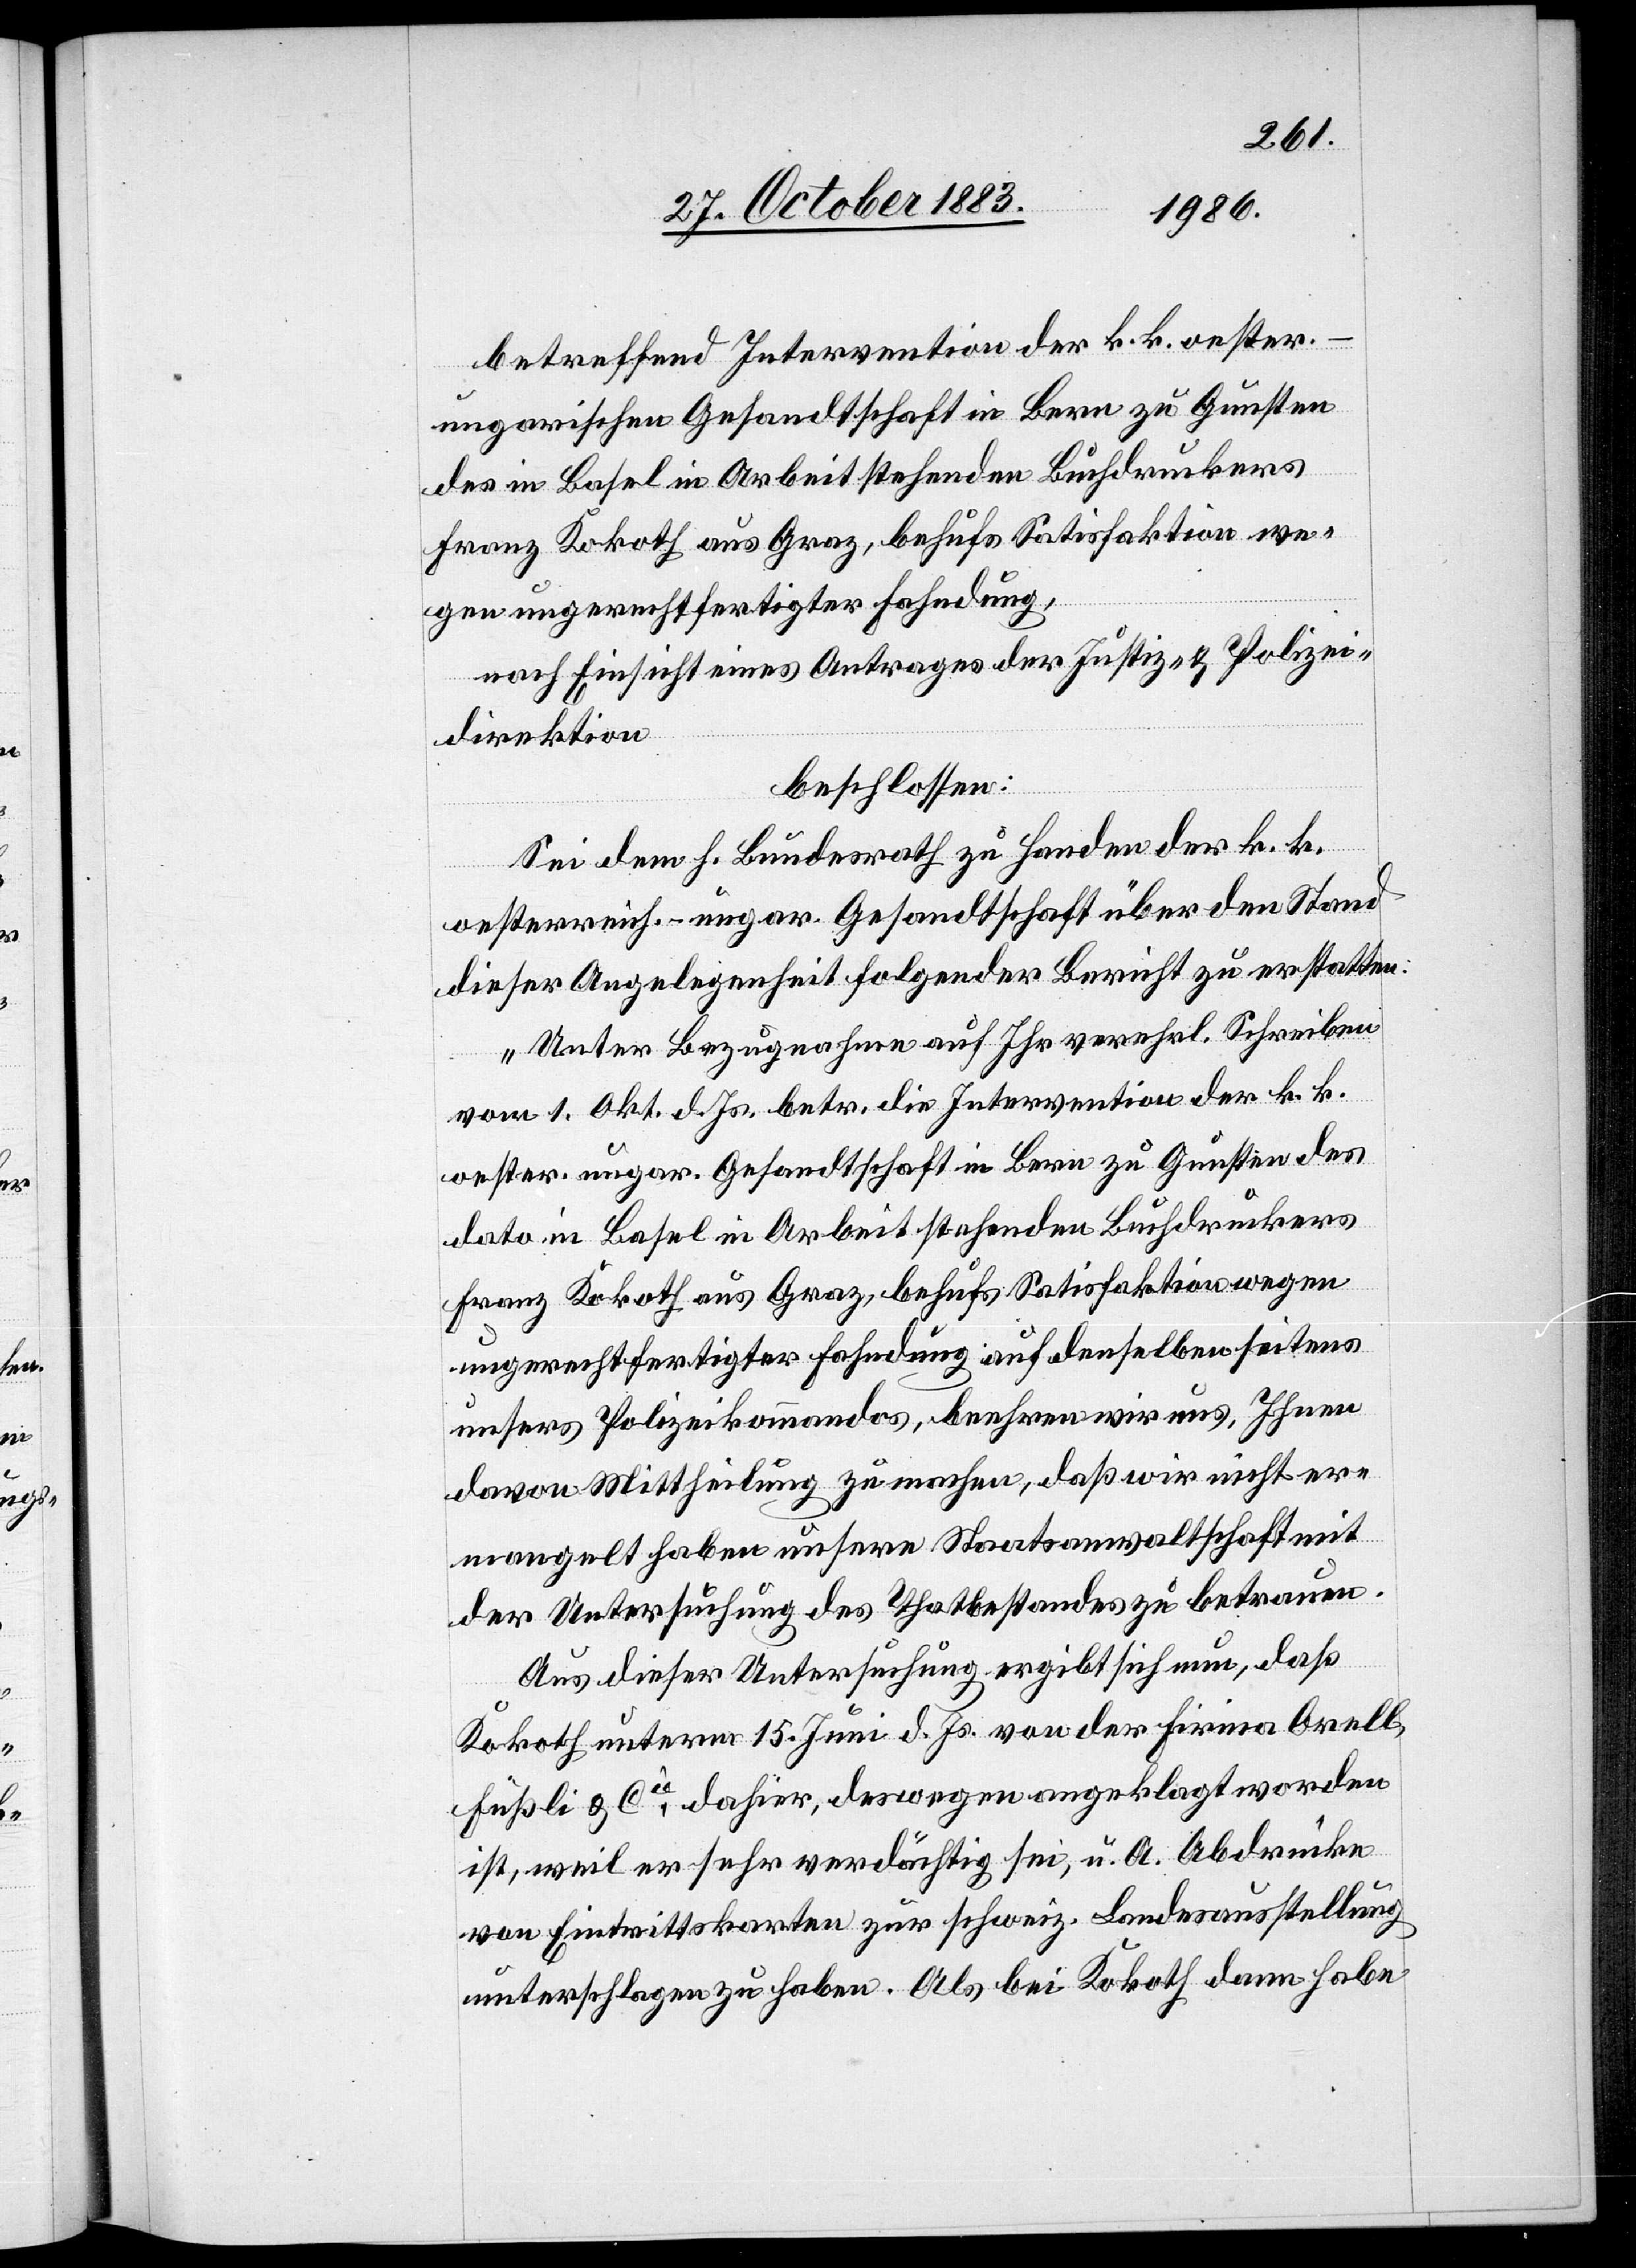
betreffend Intervention der k. k. oester.-u¬
ngarischen Gesandtschaft in Bern zu Gunsten
des in Basel in Arbeit stehenden Buchdruckers
Franz Kokoth aus Graz, behufs Satisfaktion we¬
gen ungerechtfertigter Fahndung,
nach Einsicht eines Antrages der Justiz- & Polizei¬
direktion
beschlossen:
Sei dem h. Bundesrath zu Handen der k. k.
oesterreich.-ungar. Gesandtschaft über den Stand
dieser Angelegenheit folgender Bericht zu erstatten:
„Unter Bezugnahme auf Ihr verehrl. Schreiben
vom 1. Okt. d. Js. betr. die Intervention der k. k.
oester. ungar. Gesandtschaft in Bern zu Gunsten des
dato in Basel in Arbeit stehenden Buchdruckers
Franz Kokoth aus Graz, behufs Satisfaktion wegen
ungerechtfertigter Fahndung auf denselben seitens
unsers Polizeikommandos, beehren wir uns Ihnen
davon Mittheilung zu machen, daß wir nicht er¬
mangelt haben unsere Staatsanwaltschaft mit
der Untersuchung des Thatbestandes zu betrauen.
Aus dieser Untersuchung ergibt sich nun, daß
Kokoth unterm 15. Juni d. Js. von der Firma Orell,
Füßli & Cie dahier, deswegen angeklagt worden
ist, weil er sehr verdächtig sei, u. A. Abdrücke
von Eintrittskarten zur schweiz. Landesausstellung
unterschlagen zu haben. Als bei Kokoth dann habe